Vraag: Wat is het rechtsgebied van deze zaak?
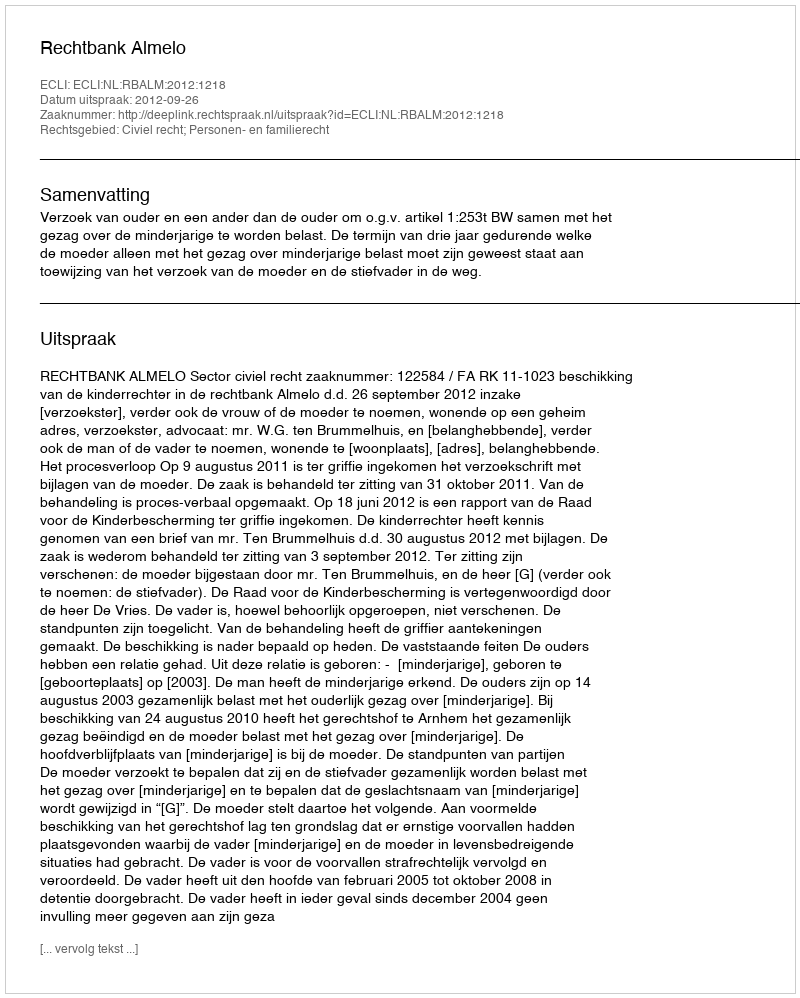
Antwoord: Civiel recht; Personen- en familierecht